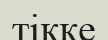
тікке